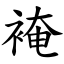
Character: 裺